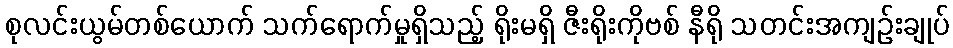
စုလင်းယွမ်တစ်ယောက် သက်ရောက်မှုရှိသည့် ရိုးမရှိ ဇီးရိုးကိုဗစ် နီရို သတင်းအကျဉ်းချုပ်